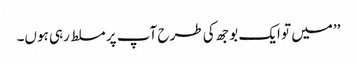
’’میں تو ایک بوجھ کی طرح آپ پر مسلط رہی ہوں۔